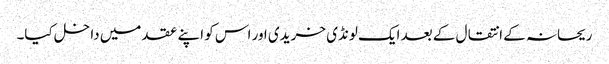
ریحانہ کے انتقال کے بعد ایک لونڈی خریدی اور اس کو اپنے عقد میں داخل کیا۔